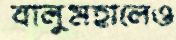
বালুমহালেও